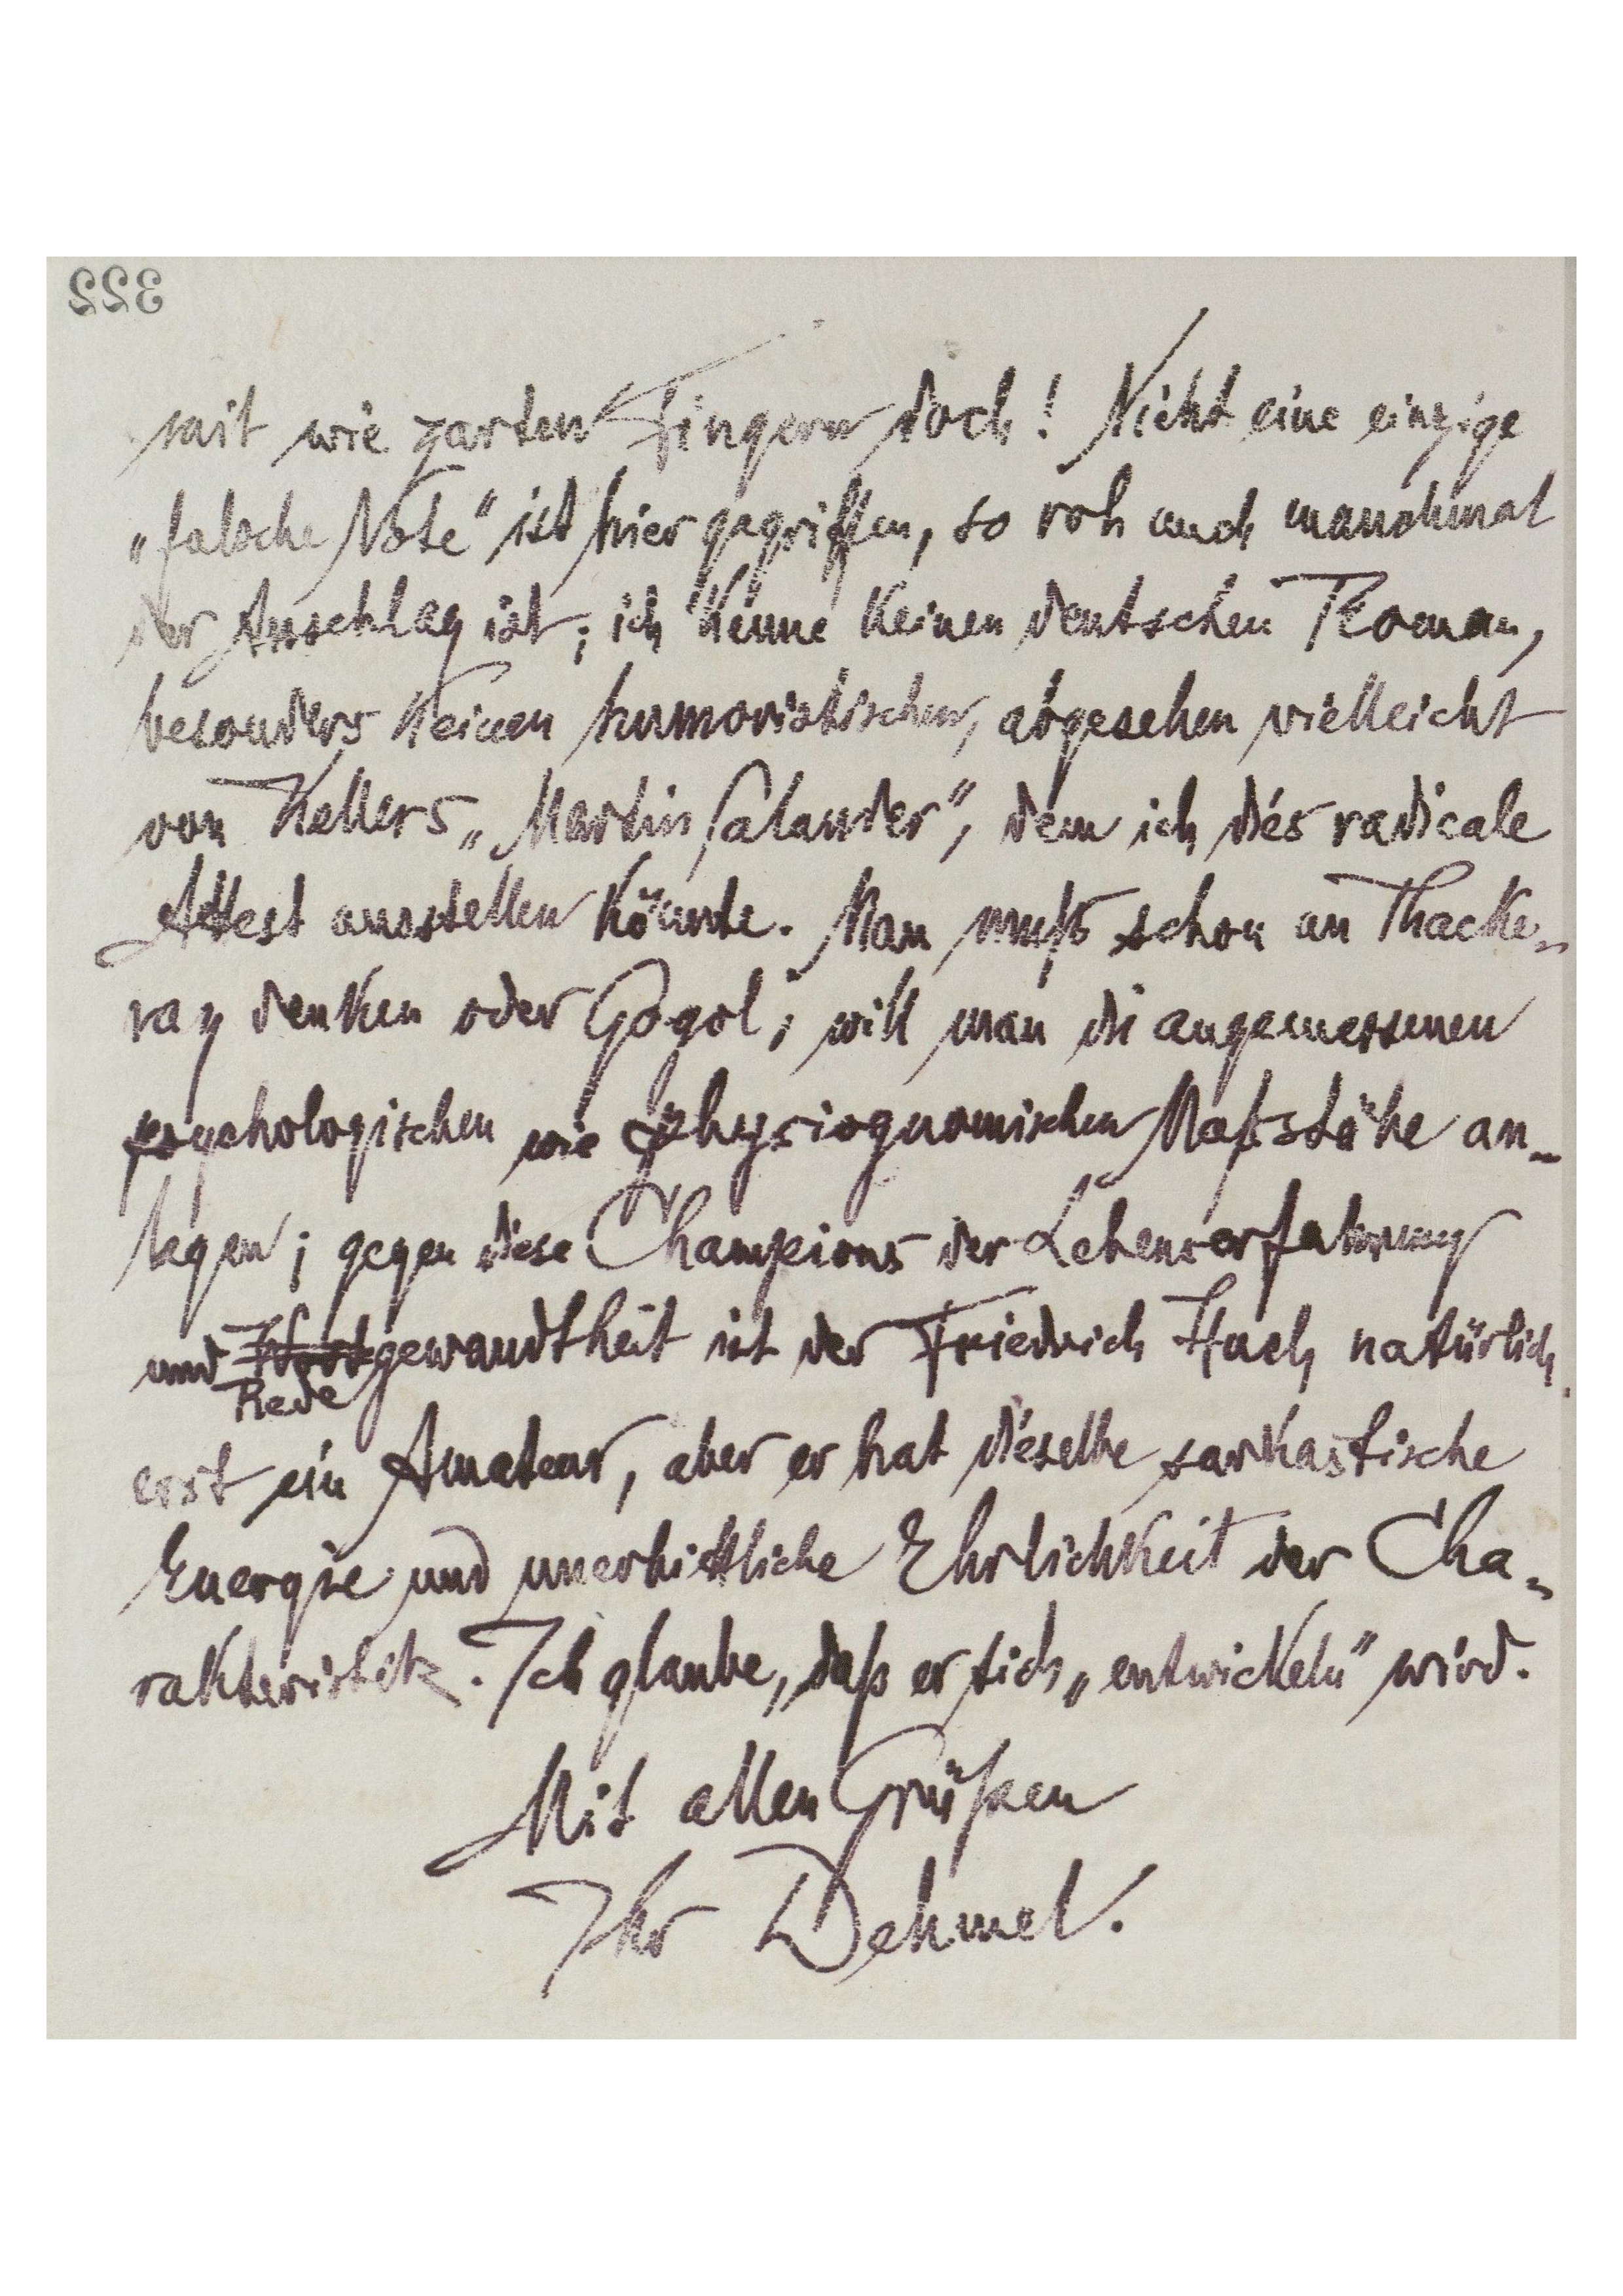
[322]
mit wie zarten Fingern doch! Nicht eine einzige
„falsche Note‟ ist hier gegriffen, so roh auch manchmal
der Anschlag ist; ich kenne keinen deutschen Roman,
besonders keinen humoristischen, abgesehen vielleicht
von Kellers „Martin Salander‟, dem ich dies radicale
Attest ausstellen könnte. Man muß schon an Thacke-
ray denken oder Gogol, will man die angemessenen
 psychologischen wie physiognomischen Maßstäbe an-
legen; gegen diese Champions der Lebenserfahrung
und WortRedegewandtheit ist der Friedrich Huch natürlich
erst ein Amateur, aber er hat dieselbe sarkastische
Energie und unerbittliche Ehrlichkeit der Cha-
rakteristik. Ich glaube, daß er sich „entwickeln‟ wird.
Mit allen Grüßen
Ihr Dehmel.